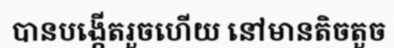
បានបង្កើតរួចហើយ នៅមានតិចតួច